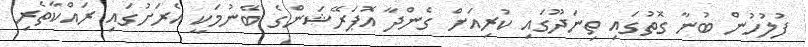
ފުލުހުން ބުނާ ގޮތުގައި ތިނަދޫގައި ކުރިއަށް ގެންދާ އޮޕަރޭޝަންގެ ބޭނުމަކީ އެރަށުގައި ރައްކާތެރި